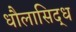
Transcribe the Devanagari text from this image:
धौलासिद्ध